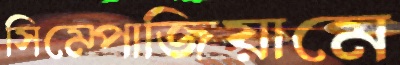
সিম্পোজিয়ামে